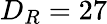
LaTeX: D_{R}=27